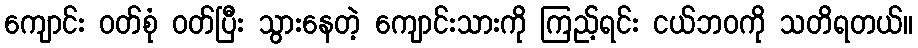
ကျောင်း ဝတ်စုံ ဝတ်ပြီး သွားနေတဲ့ ကျောင်းသားကို ကြည့်ရင်း ငယ်ဘဝကို သတိရတယ်။